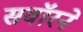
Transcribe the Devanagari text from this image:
सवॉरने